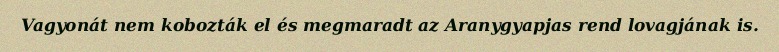
Vagyonát nem kobozták el és megmaradt az Aranygyapjas rend lovagjának is.